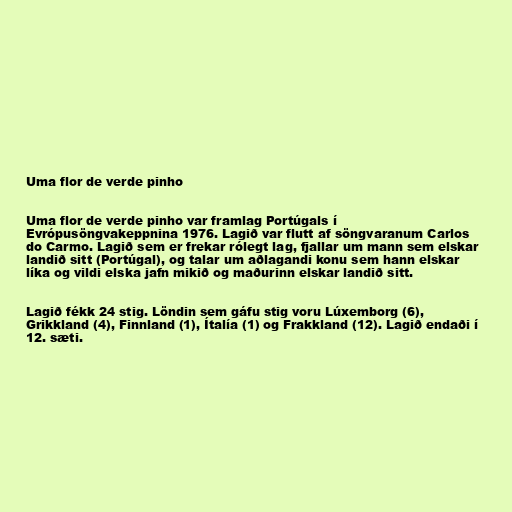
Uma flor de verde pinho

Uma flor de verde pinho var framlag Portúgals í
Evrópusöngvakeppnina 1976. Lagið var flutt af söngvaranum Carlos
do Carmo. Lagið sem er frekar rólegt lag, fjallar um mann sem elskar
landið sitt (Portúgal), og talar um aðlagandi konu sem hann elskar
líka og vildi elska jafn mikið og maðurinn elskar landið sitt.

Lagið fékk 24 stig. Löndin sem gáfu stig voru Lúxemborg (6),
Grikkland (4), Finnland (1), Ítalía (1) og Frakkland (12). Lagið endaði í
12. sæti.